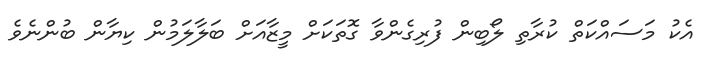
އެކު މަސައްކަތް ކުރާތި ލޯބިން ފުރިގެންވާ ގޮތަކަށް މީޒާއަށް ބަލާލަމުން ކިޔާން ބުންނެވެ